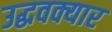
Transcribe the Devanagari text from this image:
उद्धवक्यार